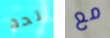
لحد مع